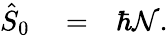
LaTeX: \begin{array}{rlr}{\hat{S}_{0}}&{{}=}&{\hbar{\mathcal N}.}\end{array}